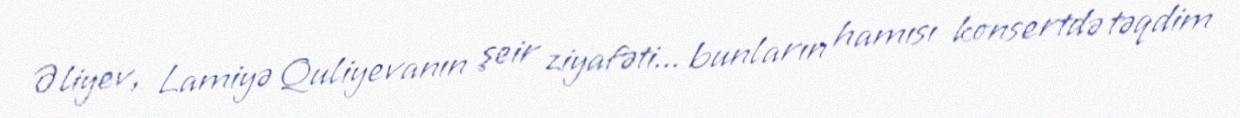
Əliyev, Lamiyə Quliyevanın şeir ziyafəti... bunların hamısı konsertdə təqdim